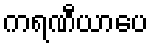
ကရဏီယာပေ